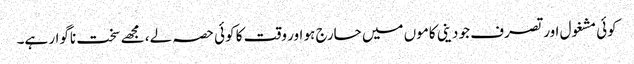
کوئی مشغول اور تصرف جو دینی کاموں میں حارج ہو اور وقت کا کوئی حصہ لے، مجھے سخت ناگوار ہے۔